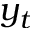
y _ { t }